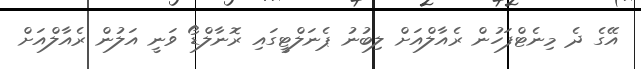
އޭގެ ދެ މިނެޓްފަހުން ރެއާލްއަށް ލިބުނު ޕެނަލްޓީގައި ރޮނާލްޑޯ ވަނީ އަލުން ރެއާލްއަށް